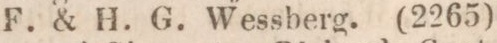
F. & H. G. Wessberg. (2265)